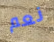
نعم